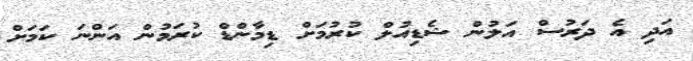
އަދި އެ ދަރުސް އަލުން ޝެޑިއުލް ކުރުމަށް ޑިމާންޑް ކުރަމުން އަންނަ ކަމަށް